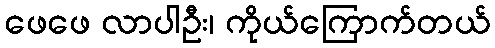
ဖေဖေ လာပါဦး၊ ကိုယ်ကြောက်တယ်